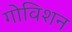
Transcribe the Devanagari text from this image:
गोविशन